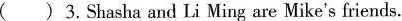
( )3.Shasha and Li Ming are Mike's friends.